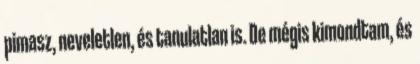
pimasz, neveletlen, és tanulatlan is. De mégis kimondtam, és